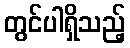
တွင်ပါရှိသည့်